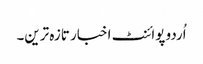
اُردو پوائنٹ اخبار تازہ ترین۔